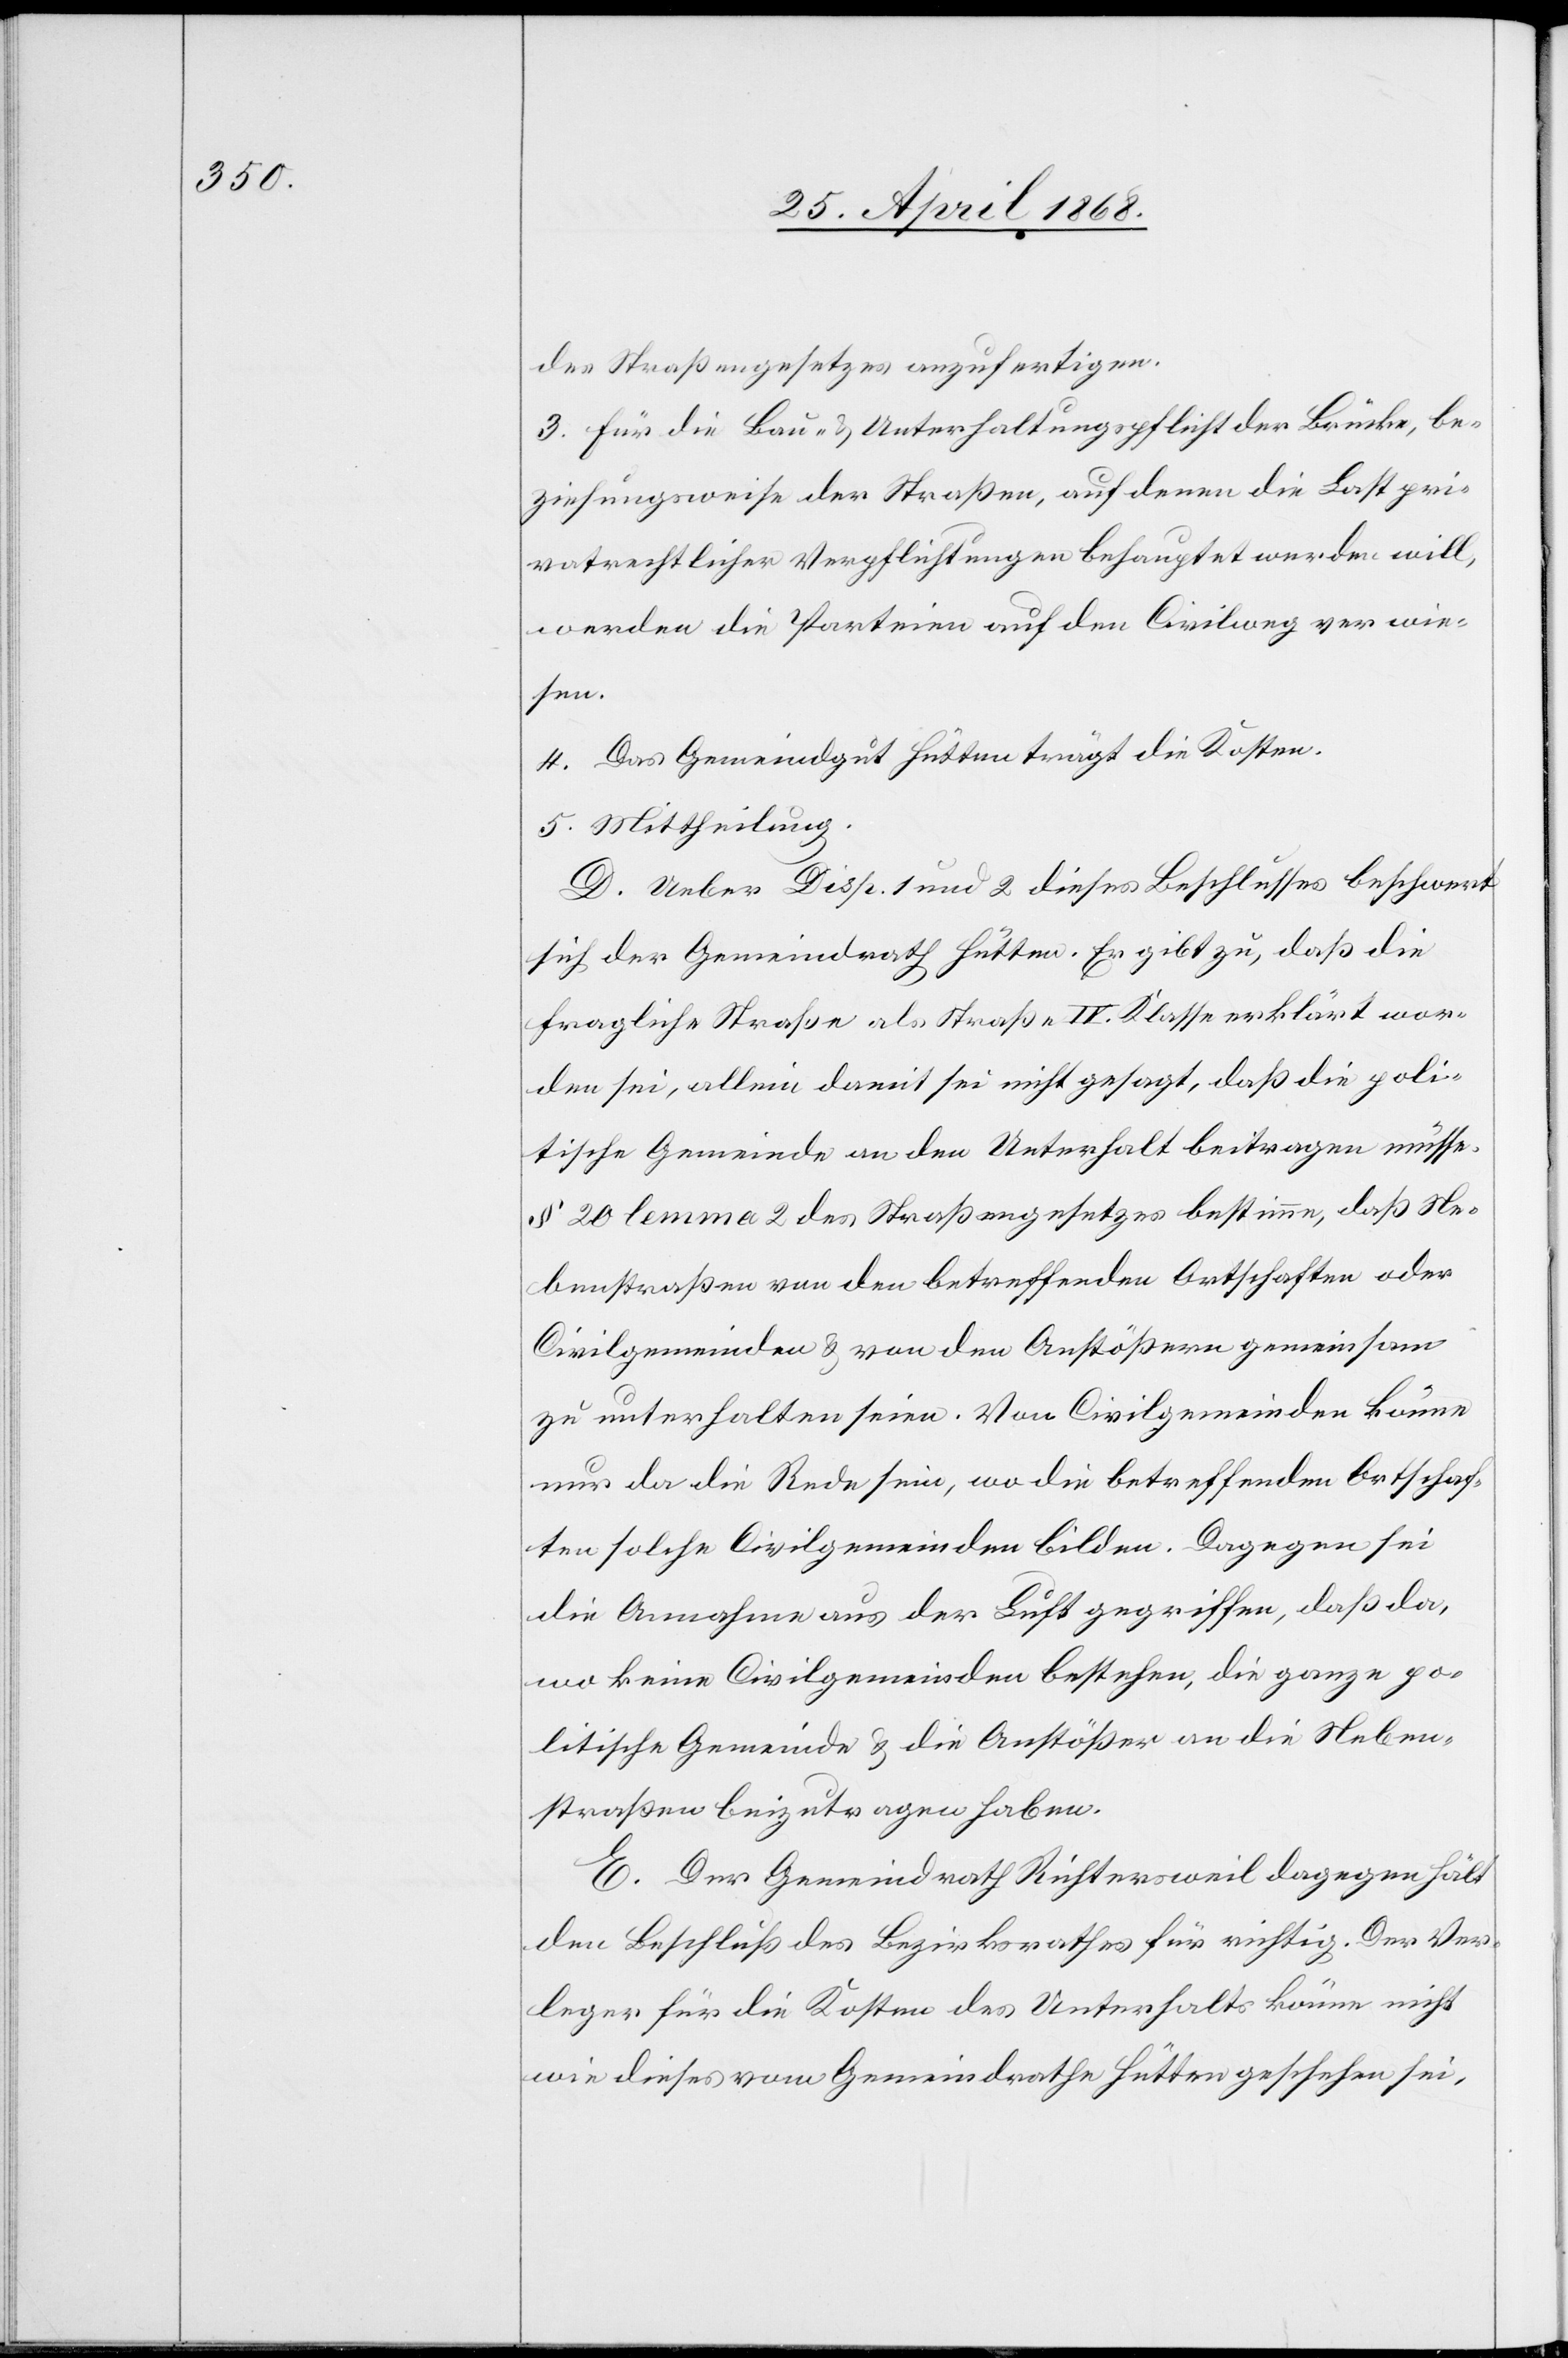
des Straßengesetzes anzufertigen.
3. Für die Bau- & Unterhaltungspflicht der Brücke, be¬
ziehungsweise der Straßen, auf denen die Last pri¬
vatrechtlicher Verpflichtungen behauptet werden will,
werden die Parteien auf den Civilweg verwie¬
sen.
4. Das Gemeindgut Hütten trägt die Kosten.
5. Mittheilung.
D. Ueber Disp. 1 und 2 dieses Beschlusses beschwert
sich der Gemeindrath Hütten. Er gibt zu, daß die
fragliche Straße als Straße IV. Klasse erklärt wor¬
den sei, allein damit sei nicht gesagt, daß die poli¬
tische Gemeinde an den Unterhalt beitragen müsse.
§ 20 lemma 2 des Straßengesetzes bestimme, daß Ne¬
benstraßen von den betreffenden Ortschaften oder
Civilgemeinden & von den Anstößern gemeinsam
zu unterhalten seien. Von Civilgemeinden könne
nur da die Rede sein, wo die betreffenden Ortschaf¬
ten solche Civilgemeinden bilden. Dagegen sei
die Annahme aus der Luft gegriffen, daß da,
wo keine Civilgemeinden bestehen, die ganze po¬
litische Gemeinde & die Anstößer an die Neben¬
straßen beizutragen haben.
E. Der Gemeindrath Richtersweil dagegen hält
den Beschluß des Bezirksrathes für richtig. Der Ver¬
leger für die Kosten des Unterhalts könne nicht
wie dieses vom Gemeindrathe Hütten geschehen sei,